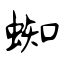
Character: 蜘